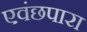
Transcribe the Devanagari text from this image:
एवंछपारा